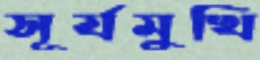
সূর্যমুখি